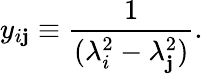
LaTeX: y_{i\mathbf{j}}\equiv\frac{{1}}{{(\lambda_{i}^{2}-\lambda_{\mathbf{j}}^{2})}}.